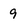
Character: 9